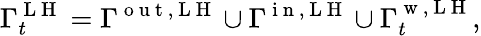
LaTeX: \Gamma_{t}^{\mathrm{~L~H~}}=\Gamma^{\mathrm{~o~u~t~,~L~H~}}\cup\Gamma^{\mathrm{~i~n~,~L~H~}}\cup\Gamma_{t}^{\mathrm{~w~,~L~H~}},